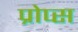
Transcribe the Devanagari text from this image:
प्रोप्स